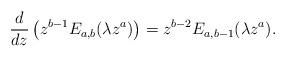
LaTeX: \begin{align*}\frac{d}{dz}\left(z^{b-1}E_{a,b}(\lambda z^a)\right)=z^{b-2}E_{a,b-1}(\lambda z^a).\end{align*}